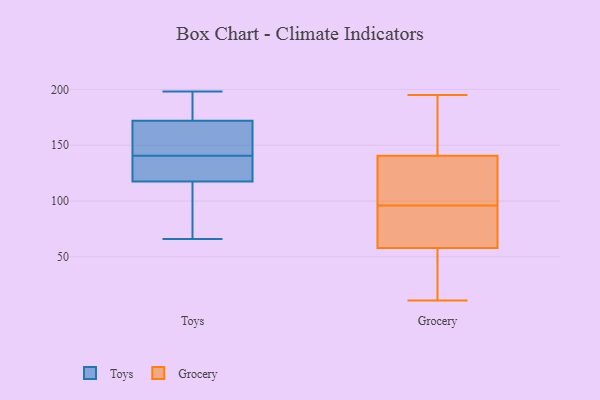
{"axis": {"x": "Humidity (%)", "y": "Value"}, "legend": ["Grocery", "Toys"], "data": [{"x": "", "y": 126, "type": "Toys"}, {"x": "", "y": 143, "type": "Toys"}, {"x": "", "y": 161, "type": "Toys"}, {"x": "", "y": 91, "type": "Toys"}, {"x": "", "y": 198, "type": "Toys"}, {"x": "", "y": 113, "type": "Toys"}, {"x": "", "y": 138, "type": "Toys"}, {"x": "", "y": 196, "type": "Toys"}, {"x": "", "y": 154, "type": "Toys"}, {"x": "", "y": 152, "type": "Toys"}, {"x": "", "y": 66, "type": "Toys"}, {"x": "", "y": 128, "type": "Toys"}, {"x": "", "y": 183, "type": "Toys"}, {"x": "", "y": 114, "type": "Toys"}, {"x": "", "y": 192, "type": "Toys"}, {"x": "", "y": 121, "type": "Toys"}, {"x": "", "y": 169, "type": "Grocery"}, {"x": "", "y": 11, "type": "Grocery"}, {"x": "", "y": 139, "type": "Grocery"}, {"x": "", "y": 37, "type": "Grocery"}, {"x": "", "y": 121, "type": "Grocery"}, {"x": "", "y": 95, "type": "Grocery"}, {"x": "", "y": 195, "type": "Grocery"}, {"x": "", "y": 79, "type": "Grocery"}, {"x": "", "y": 97, "type": "Grocery"}, {"x": "", "y": 51, "type": "Grocery"}, {"x": "", "y": 151, "type": "Grocery"}, {"x": "", "y": 45, "type": "Grocery"}, {"x": "", "y": 141, "type": "Grocery"}, {"x": "", "y": 65, "type": "Grocery"}, {"x": "", "y": 76, "type": "Grocery"}, {"x": "", "y": 140, "type": "Grocery"}]}